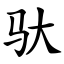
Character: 驮